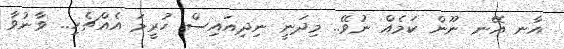
އާނ އޭނ ނޫން ކަމެއް ނުވޭ.. މިދަނީ ނިދިއައިސް ހުރީމަ އެއްޗެހި.. ވާނުވާ